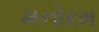
મનોરમ